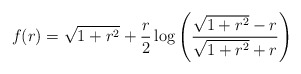
\begin{align*}f(r)=\sqrt{1+r^{2}} +\frac{r}{2}\log\left(\frac{\sqrt{1+r^{2}}-r}{\sqrt{1+r^{2}}+r}\right)\end{align*}